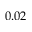
0 . 0 2